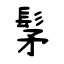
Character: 髳